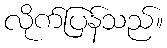
လိုက်ပြန်သည်။